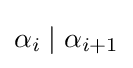
\alpha _{i}\mid \alpha _{i+1}